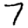
Digit: 7